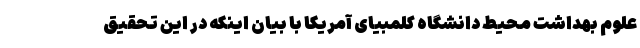
علوم بهداشت محیط دانشگاه کلمبیای آمریکا با بیان اینکه در این تحقیق